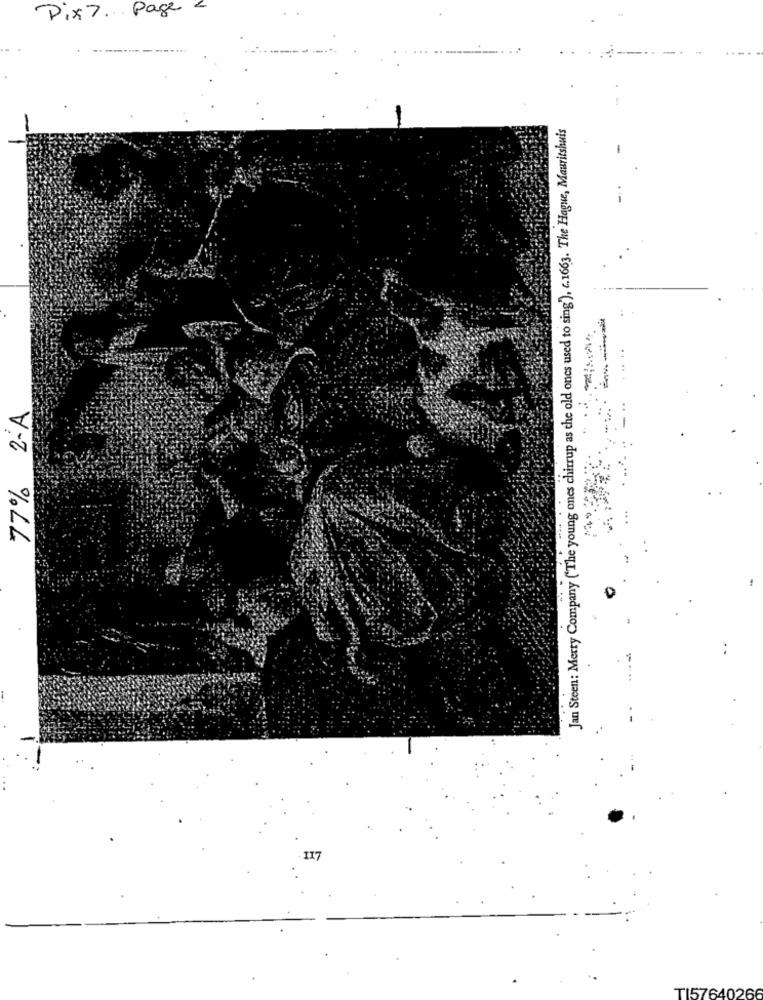
Dix 7. Page
Jan Steen: Merry Company ("The young ones chirrup as the old ones used to sing'), c.1663. The Hague, Mauritshuis
-
77% 2-A
117
TI57640266